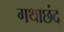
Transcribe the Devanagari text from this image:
गथाछंद